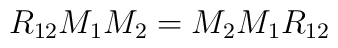
R_{12} M_{1} M_{2} = M_{2} M_{1} R_{12}